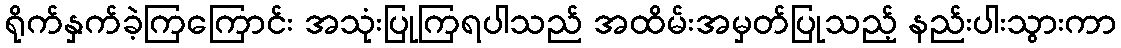
ရိုက်နှက်ခဲ့ကြကြောင်း အသုံးပြုကြရပါသည် အထိမ်းအမှတ်ပြုသည့် နည်းပါးသွားကာ